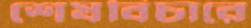
শেষবিচারে